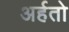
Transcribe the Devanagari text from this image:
अर्हतो